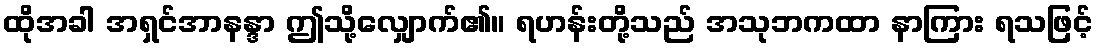
ထိုအခါ အရှင်အာနန္ဒာ ဤသို့လျှောက်၏။ ရဟန်းတို့သည် အသုဘကထာ နာကြား ရသဖြင့်